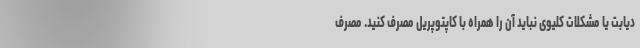
دیابت یا مشکلات کلیوی نباید آن را همراه با کاپتوپریل مصرف کنید. مصرف